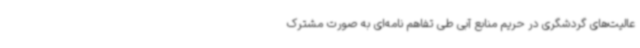
عالیت‌های گردشگری در حریم منابع آبی طی تفاهم نامه‌ای به صورت مشترک